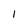
Character: 1